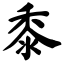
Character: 黍